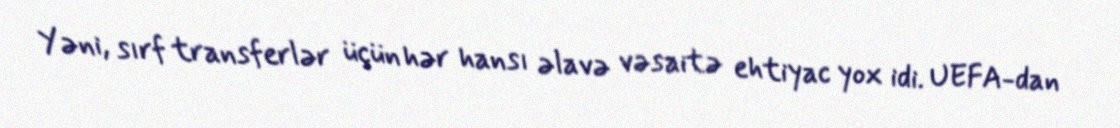
Yəni, sırf transferlər üçün hər hansı əlavə vəsaitə ehtiyac yox idi. UEFA-dan